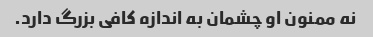
نه ممنون او چشمان به اندازه کافی بزرگ دارد.